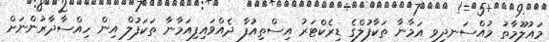
މައުލޫމާތު މުއްސަނދިވި އަމާނާ ތަކާފުލްގެ ޑިރެކްޓަރު އިސްތިއުފާ ދެއްވައިފިއަމާނާ ތަކަފުލް އިން ހިއްސާދާރުންނަށް